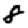
Digit: 8